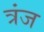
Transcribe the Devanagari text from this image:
त्रंज